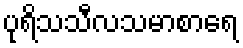
ပုရိသသီလသမာစာရေ